Vaccination report Assam 1896-1927 - 1896-1927
Year: 1896
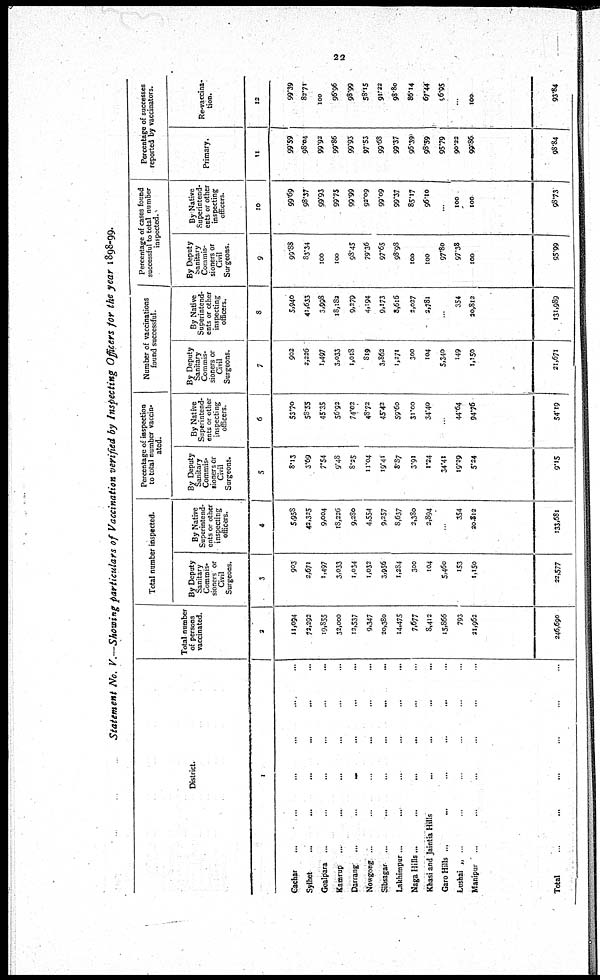
22
Statement No. V.—Showing particulars of Vaccination verified by Inspecting Officers for the year 1898-99.
District.
1
Cachar... ... ...
Sylhet... ... ... ...
Goalpara... ... ... ...
Kamrup... ... ...
Darrang...
...
...
Nowgong... ... ...
Sibsagar... ... ...
Lakhimpur... ... ...
Naga Hills... ... ...
Khasi and Jaintia Hills
Garo Hills... ... ...
Lushai... ... ...
Manipur... ...
Total...
Total number
of persons
vaccinated.
2
11,094
72,292
19,855
32,000
12,537
9,347
20,380
14,475
7,677
8,412
15,866
793
21,962
246,690
Total number inspected.
By Deputy
Sanitary
Commis-
sioners or
Civil
Surgeons.
3
903
2,671
1,497
3,033
1,034
1,032
3,956
1,284
300
104
5,460
153
1,150
22,577
By Native
Superintend-
ents or other
inspecting
officers.
4
5,958
42,325
9,004
18,226
9,280
4,554
9,257
8,637
2,380
2,894
...
354
20,812
133,681
Percentage of inspection
to total number vaccin-
ated.
By Deputy
Sanitary
Commis-
sioners or
Civil
Surgeons.
5
8.13
3.69
7.54
9.48
8.25
11.04
19.41
8.87
3.91
1.24
34.41
19.29
5.24
9.15
By Native
Superintend-
ents or other
inspecting
officers.
6
53.70
58.55
45.35
56.92
74.02
48.72
45.42
59.60
31.00
34.40
...
44.64
94.76
54.19
Number of vaccinations
found successful.
By Deputy
Sanitary
Commis-
sioners or
Civil
Surgeons.
7
902
2,226
1,497
3,033
1,018
819
3,862
1,271
300
104
5,340
149
1,150
21,671
By Native
Superintend-
ents or other
inspecting
officers.
8
5,940
41,633
3,998
18,182
9,279
4,194
9,173
8,616
2,027
2,781
...
354
20,812
131,989
Percentage of cases found
successful to total number
inspected.
By Deputy
Sanitary
Commis-
sioners or
Civil
Surgeons.
9
99.88
83.34
100
100
98.45
79.36
97.65
98.98
100
100
97.80
97.38
100
95.99
By Native
Superintend-
ents or other
inspecting
officers.
10
99.69
98.37
99.93
99.75
99.99
92.09
99.09
99.37
85.17
96.10
...
100
100
98.73
Percentage of successes
reported by vaccinators.
Primary.
11
99.59
98.04
99.92
99.86
99.93
97.53
99.68
99.37
96.39
98.59
95.79
90.22
99.86.
98.84
Re-vaccina-
tion.
12
99.39
82.71
100
96.96
98.99
58.15
91.22
98.80
86.14
67.44
56.95
...
100
93.84